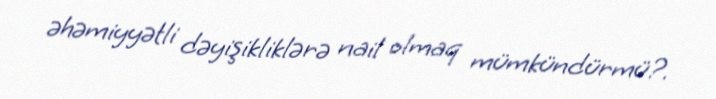
əhəmiyyətli dəyişikliklərə nail olmaq mümkündürmü?.